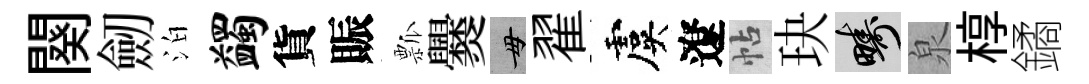
闋劒泊蠲貨賑瓢爨毋翟虞遼帖玦疇泉椁鐍